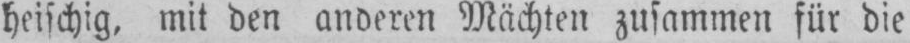
heischig, mit den anderen Mächten zusammen für die